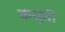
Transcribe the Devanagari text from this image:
कसुती